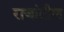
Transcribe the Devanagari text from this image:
राजांतील